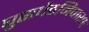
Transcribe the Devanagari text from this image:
घुसपैठनिवारण